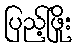
ပြည့်ဖြိုး